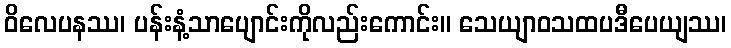
ဝိလေပနဿ၊ ပန်းနံ့သာပျောင်းကိုလည်းကောင်း။ သေယျာဝသထပဒီပေယျဿ၊